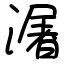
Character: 潳